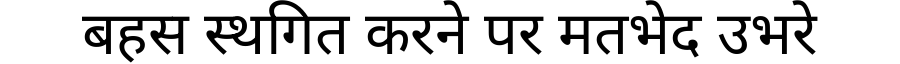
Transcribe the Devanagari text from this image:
बहस स्थगित करने पर मतभेद उभरे